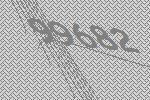
99682